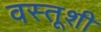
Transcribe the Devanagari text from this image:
वस्तूशी